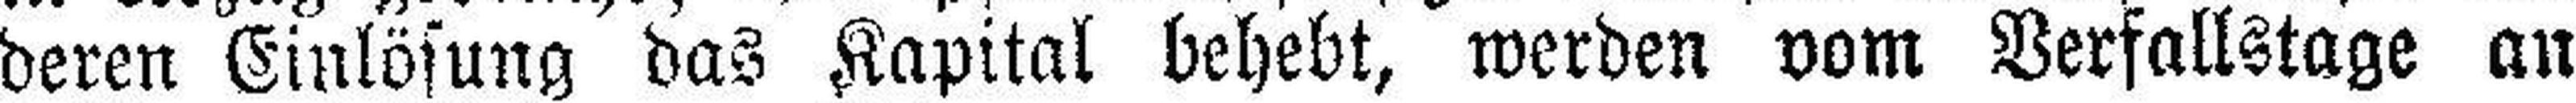
deren Einlösung das Kapital behebt, werden vom Verfallstage an